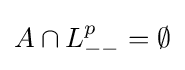
A\cap L_{--}^{p}=\emptyset